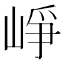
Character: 崢